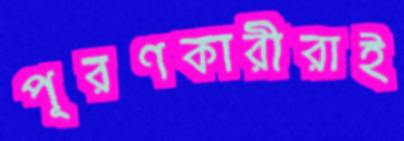
পূরণকারীরাই